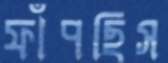
ফাঁপছিস